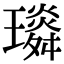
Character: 𤪏